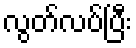
လွတ်လပ်ပြီး